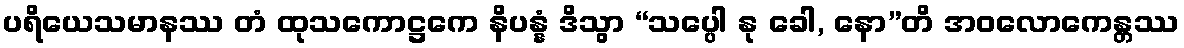
ပရိယေသမာနဿ တံ ထုသကောဋ္ဌကေ နိပန္နံ ဒိသွာ “သပ္ပေါ နု ခေါ, နော”တိ အဝလောကေန္တဿ